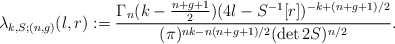
\begin{align*} \lambda_{k,S; (n,g)}(l,r):=\frac{ \Gamma_n(k-\frac{n+g+1}{2}) (4l-S^{-1}[r])^{-k+(n+g+1)/2} }{ (\pi)^{nk-n(n+g+1)/2} (\det 2S)^{n/2}}.\end{align*}